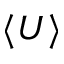
\langle { U } \rangle